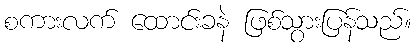
စကားလက် ထောင်းခနဲ ဖြစ်သွားပြန်သည်။